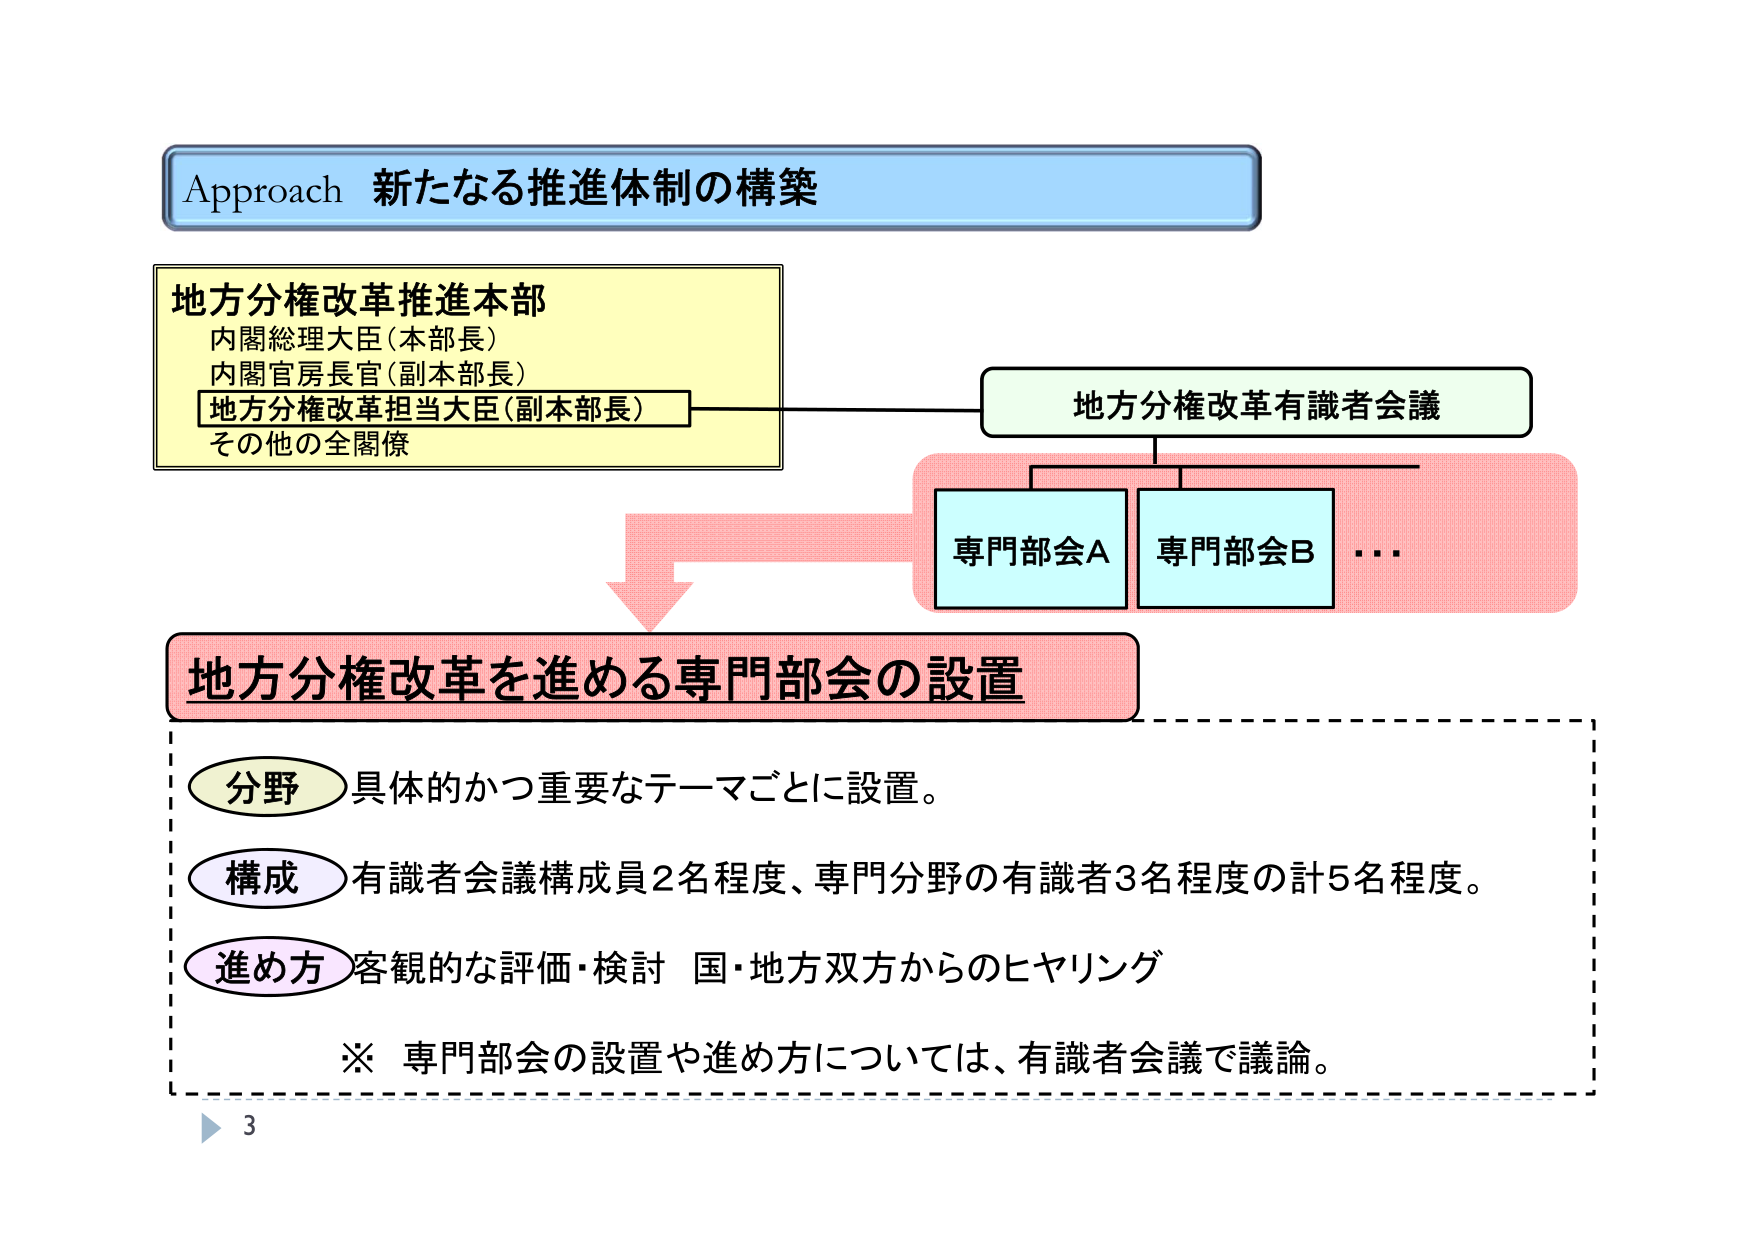
Approach 新たなる推進体制の構築

地方分権改革推進本部
内閣総理大臣（本部長）
内閣官房長官（副本部長）
地方分権改革担当大臣（副本部長）
その他の全閣僚

地方分権改革有識者会議

専門部会A
専門部会B
…

地方分権改革を進める専門部会の設置

分野 具体的かつ重要なテーマごとに設置。
構成 有識者会議構成員2名程度、専門分野の有識者3名程度の計5名程度。
進め方 客観的な評価・検討 国・地方双方からのヒヤリング

※ 専門部会の設置や進め方については、有識者会議で議論。

3